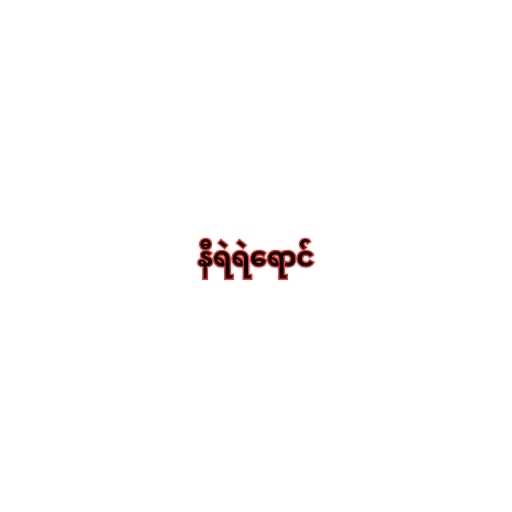
နီရဲရဲရောင်